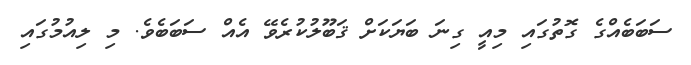
ސަބަބެއްގެ ގޮތުގައި މިއީ ގިނަ ބަޔަކަށް ޤަބޫލުކުރެވޭ އެއް ސަބަބެވެ. މި ލިއުމުގައި